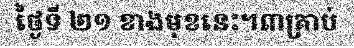
ថ្ងៃទី ២១ ខាងមុខនេះ។៣គ្រាប់